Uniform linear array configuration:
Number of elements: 24
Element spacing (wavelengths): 0.25
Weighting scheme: binomial
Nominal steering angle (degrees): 30
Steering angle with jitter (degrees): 31.6
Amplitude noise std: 0.05
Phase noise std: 0.05

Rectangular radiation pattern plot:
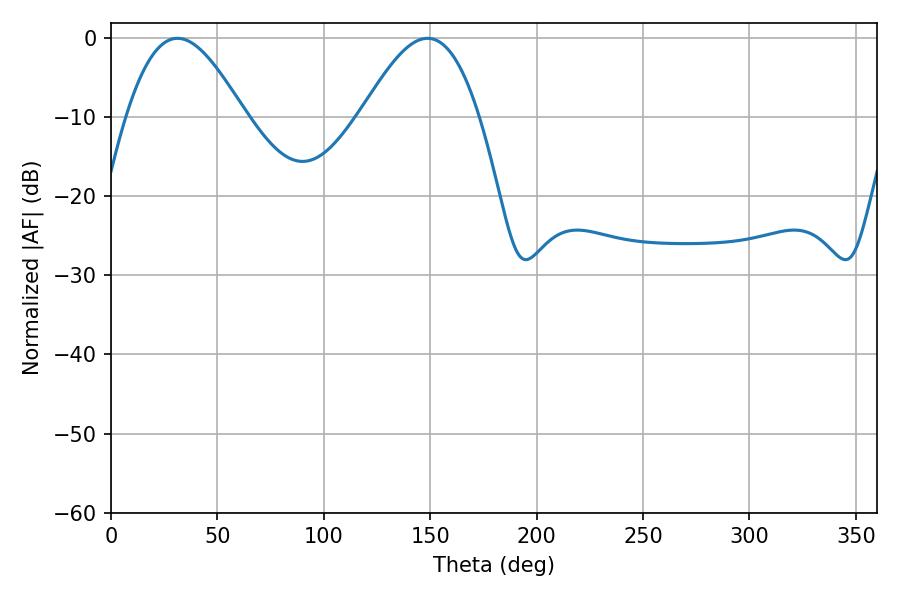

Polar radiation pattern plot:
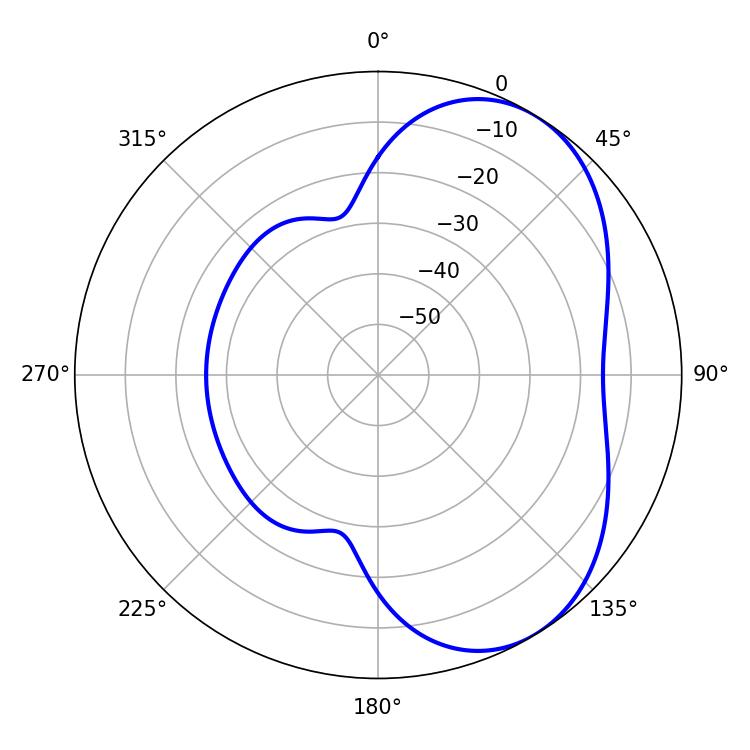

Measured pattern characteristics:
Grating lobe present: FALSE
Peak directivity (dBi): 4.992
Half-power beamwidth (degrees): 29.88
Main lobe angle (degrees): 148.68